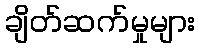
ချိတ်ဆက်မှုများ